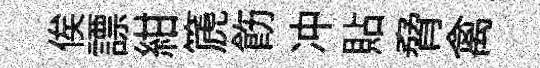
俟謤紺篪飭冲貼脅禽